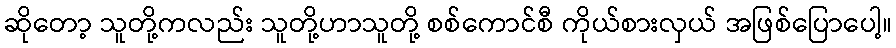
ဆိုတော့ သူတို့ကလည်း သူတို့ဟာသူတို့ စစ်ကောင်စီ ကိုယ်စားလှယ် အဖြစ်ပြောပေါ့။